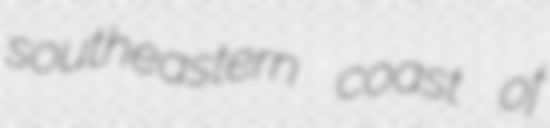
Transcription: southeastern coast of